Document type: Sale
Year: 1461
Scribe: [Unknown]
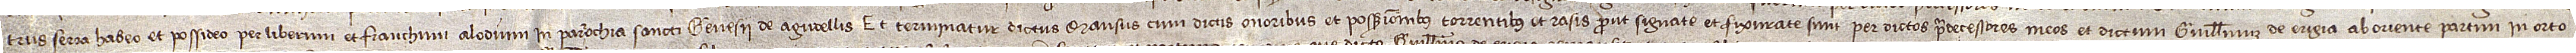
trus Serra habeo et possideo per liberum et franchum alodium in parrochia  Sancti Genesii de Agudellis. Et terminatur dictus mansus cum dictis onoribus et possessionibus, torrentibus et rasis, prout signate et fixurate sunt per dictos predecessores meos et dictum Guillelmum de Erigia, ab oriente partim in orto